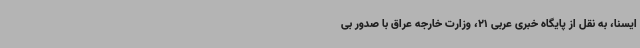
ایسنا، به نقل از پایگاه خبری عربی 21، وزارت خارجه عراق با صدور بی